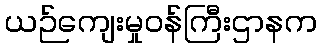
ယဉ်ကျေးမှုဝန်ကြီးဌာနက